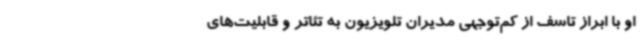
او با ابراز تاسف از کم‌توجهی مدیران تلویزیون به تئاتر و قابلیت‌های